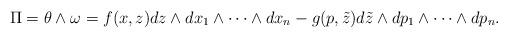
LaTeX: \begin{gather*}\Pi = \theta\wedge\omega = f(x, z) dz \wedge dx_1 \wedge \cdots \wedge dx_n- g(p, \tilde{z}) d\tilde{z} \wedge dp_1\wedge \cdots \wedge dp_n.\end{gather*}